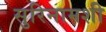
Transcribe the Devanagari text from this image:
सुरिनामशी